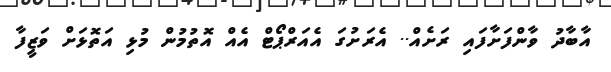
އާބާދު ވާންފަށާފައި ރަށެއް.. އެރަށުގަ އެއަރްޕޯޓް އެއް އޮތުމުން މުޅި އަތޮޅަށް ވަޒީފާ